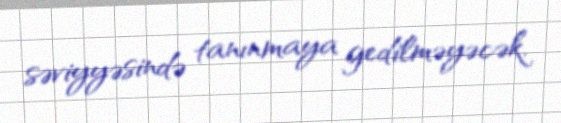
səviyyəsində tanınmaya gedilməyəcək.